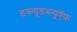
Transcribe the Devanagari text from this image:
डब्ल्यूडब्ल्यूऍफ़